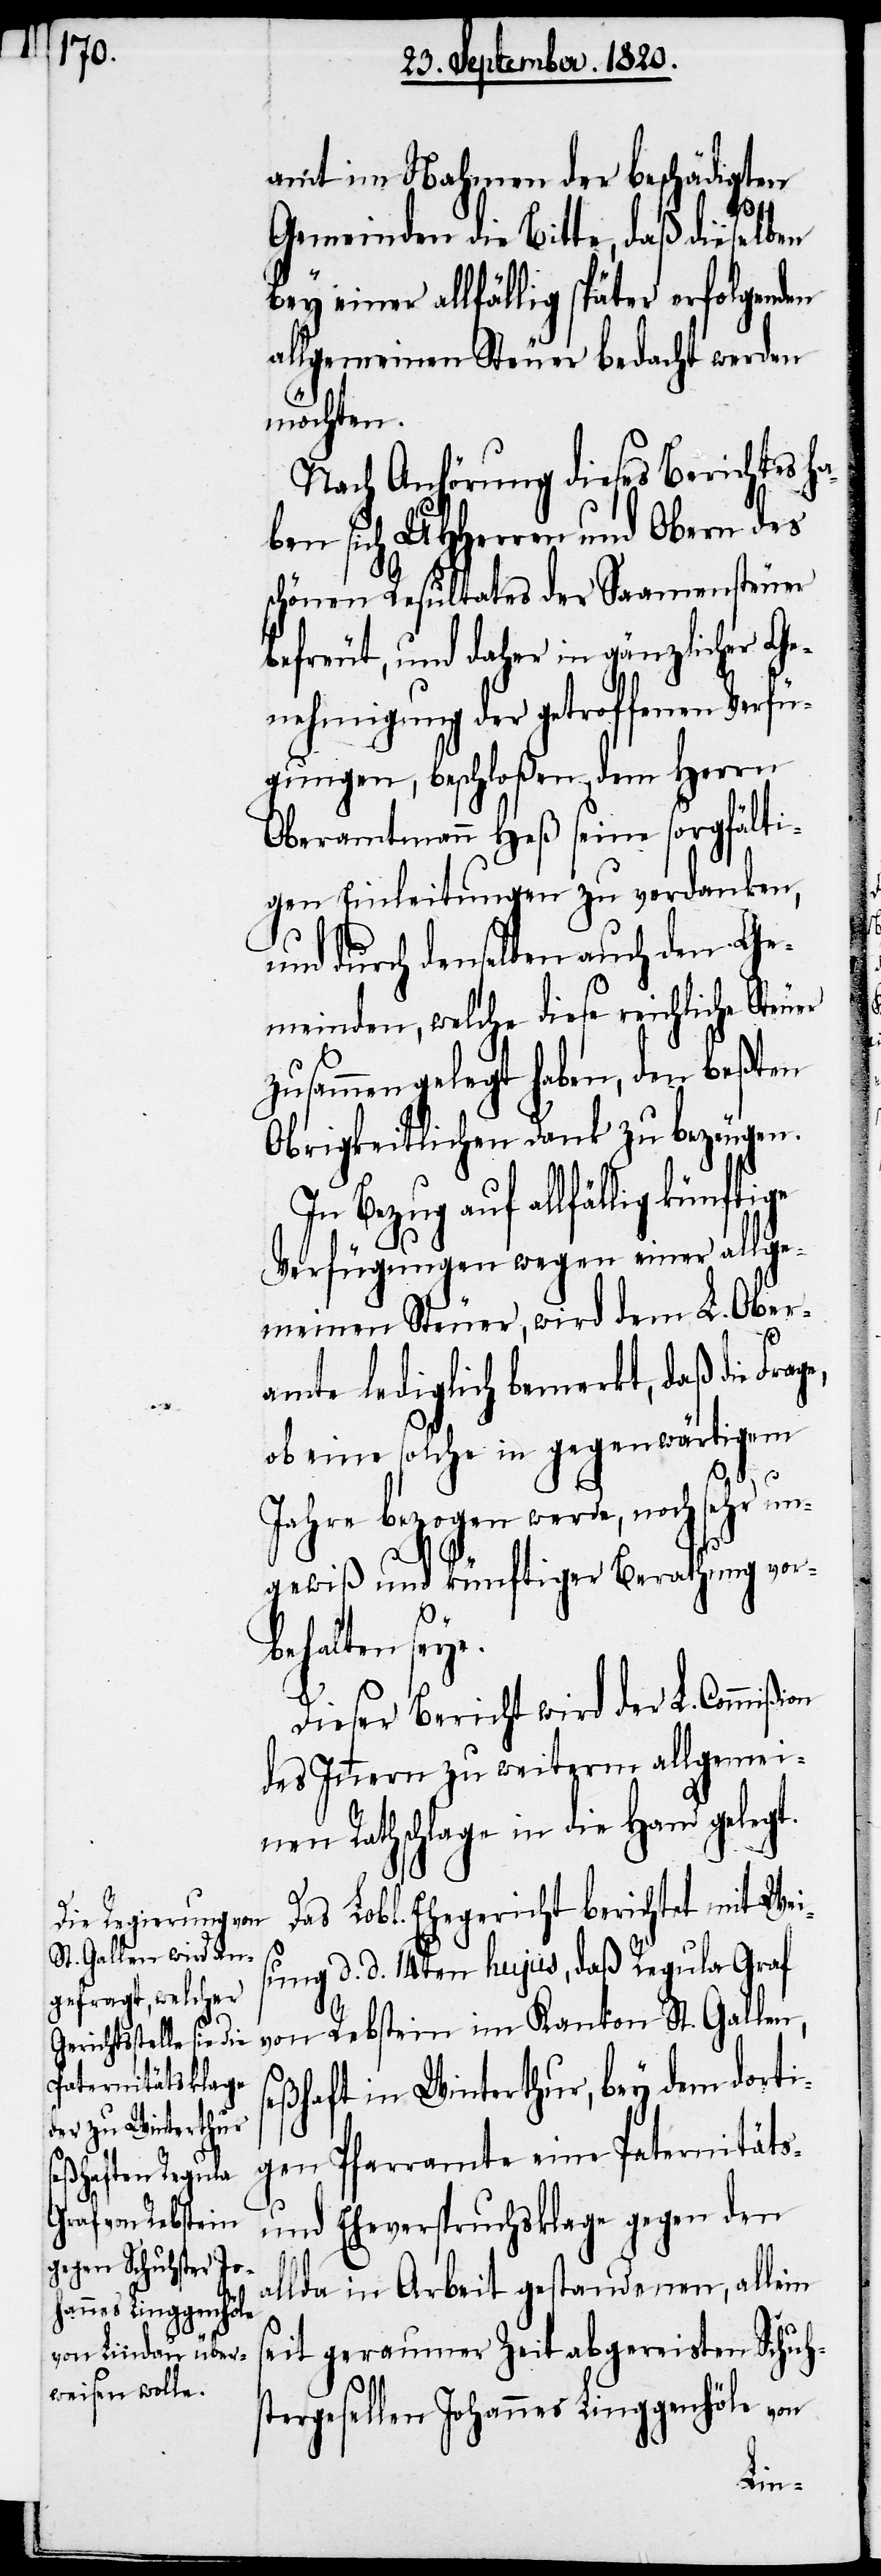
on

amt im Nahmen der Beschädigten
al¬
Gemeinden die Bitte, daß dieselben
bey einer allfällig später erfolgenden
allgemeinen Steuer bedacht werden
möchten.
Nach Anhörung dieses Berichtes ha¬
ben sich UHHerren und Obern des
schönen Resultates der Saamensteuer
befreut, und daher in gänzlicher Ge¬
nehmigung der getroffenen Verfü¬
gungen, beschloßen, dem Herrn
Oberamtmann Heß seine sorgfälti¬
gen Einleitungen zu verdanken,
und durch denselben auch den Ge¬
meinden, welche diese reichliche Ste¬
zusammengelegt haben, den beßten
Obrigkeitlichen Dank zu bezeugen.
In Bezug auf allfällig
Verfügungen wegen einer allge¬
meinen Steuer, wird dem L. Ober¬
amte lediglich bemerkt, daß die Fra¬
ob eine solche in gegenwärtigem
Jahre bezogen werde, noch sehr un¬
gewiß und künftiger Berathung vor¬
behalten seye.
Dieser Bericht wird der L. Commißi¬
des Innern zu weiterm allgemei¬
nen Rathschlage in die Hand gelegt.
Das Lobl. Ehegericht berichtet mit Wei¬
sung d. d. 14ten hujus, daß Regula Graf
von Rebstein im Kanton St. Gallen,
seßhaft in Winterthur, bey dem dorti¬
gen Pfarramte eine Paternitäts-
und Eheverspruchsklage gegen den
lda in Arbeit gestandenen, allein
seit geraumer Zeit abgereisten Schuh¬
stergesellen Johannes Linggenhöle von